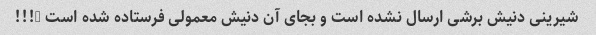
شیرینی دنیش برشی ارسال نشده است و بجای آن دنیش معمولی فرستاده شده است …!!!